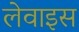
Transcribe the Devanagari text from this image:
लेवाइस